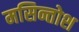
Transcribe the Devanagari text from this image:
मसिन्तोश